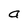
Character: a